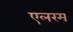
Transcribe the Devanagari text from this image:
एलरम